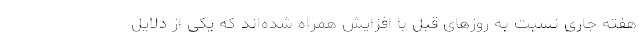
هفته جاری نسبت به روزهای قبل با افزایش همراه شده‌اند که یکی از دلایل